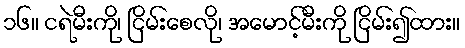
၁၆။ ငရဲမီးကို၊ ငြိမ်းစေလို၊ အမောင့်မီးကို ငြိမ်း၍ထား။